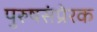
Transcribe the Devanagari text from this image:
पुरुषसंप्रेरक